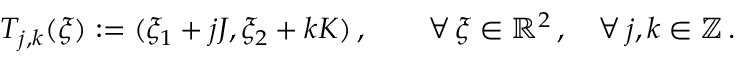
T _ { j , k } ( \boldsymbol { \xi } ) : = ( \xi _ { 1 } + j J , \xi _ { 2 } + k K ) \, , \qquad \forall \, \boldsymbol { \xi } \in \mathbb { R } ^ { 2 } \, , \quad \forall \, j , k \in \mathbb { Z } \, .